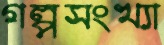
গল্পসংখ্যা